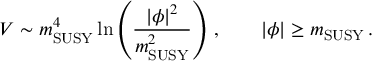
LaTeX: V \sim m _ { \mathrm { S U S Y } } ^ { 4 } \ln \left( \frac { | \phi | ^ { 2 } } { m _ { \mathrm { S U S Y } } ^ { 2 } } \right) \, , \quad \quad | \phi | \geq m _ { \mathrm { S U S Y } } \, .